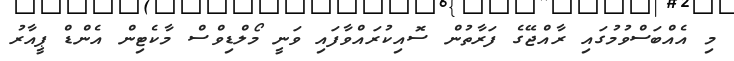
މި އެއްބަސްވުމުގައި ރާއްޖޭގެ ފަރާތުން ސޮއިކުރައްވާފައި ވަނީ މޯލްޑިވްސް މާކެޓިން އެންޑް ޕީއާރު